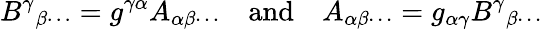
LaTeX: B^{\gamma}{}_{\beta\cdots}=g^{\gamma\alpha}A_{\alpha\beta\cdots}\quad{\mathrm{and}}\quad A_{\alpha\beta\cdots}=g_{\alpha\gamma}B^{\gamma}{}_{\beta\cdots}